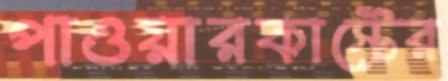
পাওয়ারকাস্টের